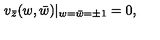
v _ { \bar { z } } ( w , \bar { w } ) | _ { w = \bar { w } = \pm 1 } = 0 ,